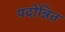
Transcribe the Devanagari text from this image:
पदोन्नित